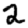
Digit: 2